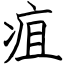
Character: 疽